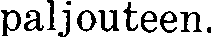
paljouteen.